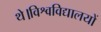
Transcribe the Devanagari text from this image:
थे।विश्वविद्यालयों